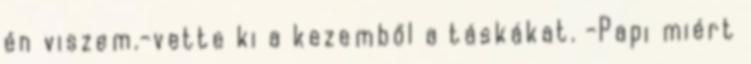
én viszem.-vette ki a kezemből a táskákat. -Papi miért